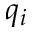
q _ { i }